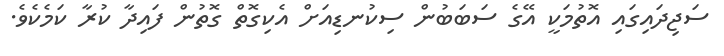
ސަޖިދައިގައި އޮތުމަކީ އޭގެ ސަބަބުން ސިކުނޑިއަށް އެކިގޮތް ގޮތުން ފައިދާ ކުރާ ކަމެކެވެ.